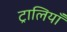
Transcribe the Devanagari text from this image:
ट्रालियाँ